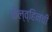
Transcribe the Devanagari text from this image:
केल्व्हिनची